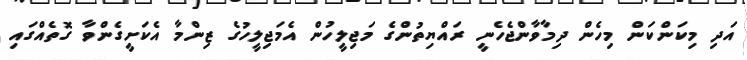
އަދި މިކަންކަން މިހެން ދިމާވާންޖެހެނީ ރައްޔިތުންގެ މަޖިލީހުން އެމަޖިލީހުގެ ޒިންމާ އެކަށީގެންވާ ގޮތެއްގައި